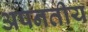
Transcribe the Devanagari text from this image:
अपनतीय